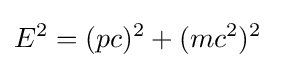
E^{2}=(pc)^{2}+(mc^{2})^{2}\;